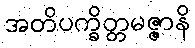
အတိပက္ခိတ္တမဇ္ဇာနိ